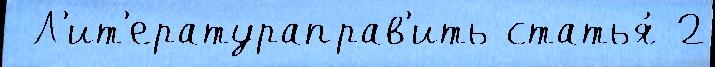
 Л'ит'ератураправ'ить статья́ 2